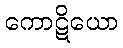
ကောဋိယော